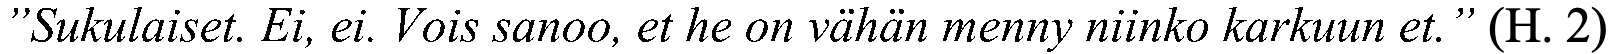
”Sukulaiset. Ei, ei. Vois sanoo, et he on vähän menny niinko karkuun et.” (H. 2)